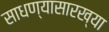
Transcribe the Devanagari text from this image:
साधण्यासारख्या